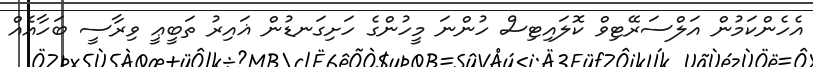
އެހެންކަމުން އަލްސަރޭޓިވް ކޮލައިޓިސް ހުންނަ މީހުންގެ ހަށިގަނޑުން ޣައިރު ތަބީޢީ ވިރާސީ ބަހާއެއް